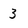
Character: 3